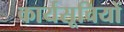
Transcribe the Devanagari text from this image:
कार्यसूचियों